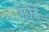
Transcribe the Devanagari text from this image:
ग़ारे